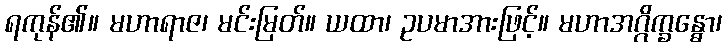
ရကုန်၏။ မဟာရာဇ၊ မင်းမြတ်။ ယထာ၊ ဥပမာအားဖြင့်။ မဟာအဂ္ဂိက္ခန္ဓော၊